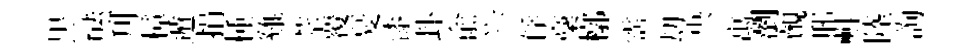
黒㷱刋樟遁捐㮔雞莘覆憂漆卦俞兴俘稾槨霑刧央寓瀏覿邢㪺陸詢